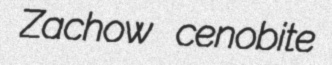
Zachow cenobite